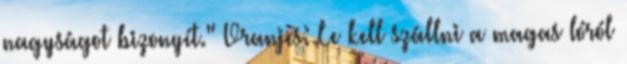
nagyságot bizonyít." Vranjes: Le kell szállni a magas lóról